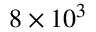
8 \times 1 0 ^ { 3 }